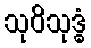
သုဝိသုဒ္ဓံ